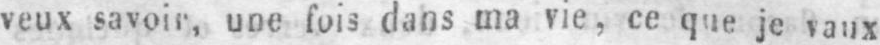
veux savoir, une fois dans ma vie, ce que je vaux